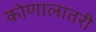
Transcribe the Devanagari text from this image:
कोणालातरी